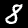
Digit: 8